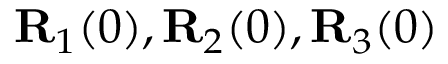
{ \bf R } _ { 1 } ( 0 ) , { \bf R } _ { 2 } ( 0 ) , { \bf R } _ { 3 } ( 0 )